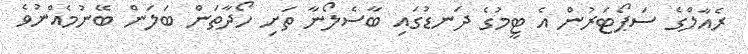
ރެއާލްގެ ސަޕޯޓަރުން އެ ޓީމުގެ ދަނޑުގައި ބާސެލޯނާ ތަށި ހޯދާތަން ބަލަން ބޭނުމެއްނުވެ